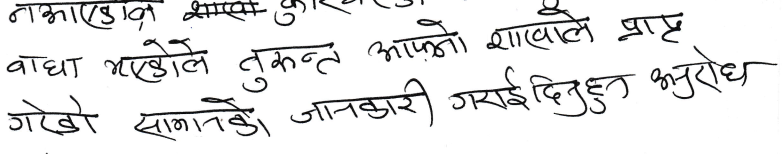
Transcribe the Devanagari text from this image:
नाआएसि शाखा कुखरेजो
बाधा भएकोले तुरुन्त आफ्नो शाखाले प्राप्त
गरेको सामानको जानकारी गराईदिनुहुन अनुरोध।